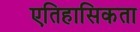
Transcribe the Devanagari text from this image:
एतिहासिकता